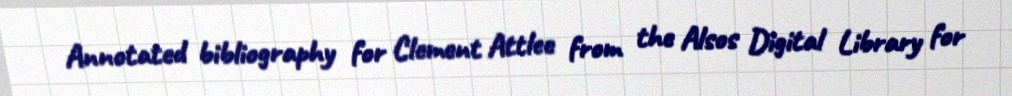
Annotated bibliography for Clement Attlee from the Alsos Digital Library for